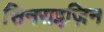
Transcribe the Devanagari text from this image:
सिनराइज़िन